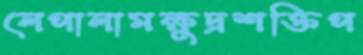
লেপালামক্ষুদ্রশক্তিপ